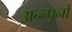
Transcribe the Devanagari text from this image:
अन्न्पूर्ना